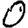
Digit: 0